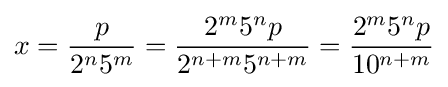
x={\frac {p}{2^{n}5^{m}}}={\frac {2^{m}5^{n}p}{2^{n+m}5^{n+m}}}={\frac {2^{m}5^{n}p}{10^{n+m}}}